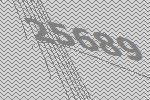
25689